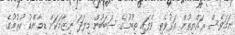
ނަމަވެސް ރައްޔިތުން އަޅުވެތި ވެފައި ތިބުމުގެ ސަބަބުން މިފަދަ ނިޒާމަކަށް ޑިމާންޑު ކުރުމުގެ